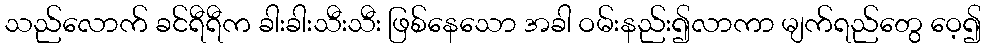
သည်လောက် ခင်ရီရီက ခါးခါးသီးသီး ဖြစ်နေသော အခါ ဝမ်းနည်း၍လာကာ မျက်ရည်တွေ ဝေ့၍